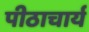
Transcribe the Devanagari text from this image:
पीठाचार्य